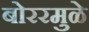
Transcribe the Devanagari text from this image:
बोररमुळे